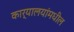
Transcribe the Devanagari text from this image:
कार्यालयांमधील